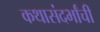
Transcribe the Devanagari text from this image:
कथासंदर्भांची